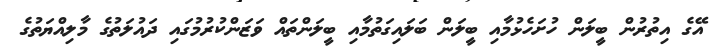
އޭގެ އިތުރުން ބީލަން ހުށަހެޅުމާއި ބީލަން ބަލައިގަތުމާއި ބީލަންތައް ވަޒަންކުރުމުގައި ދައުލަތުގެ މާލިއްޔަތުގެ